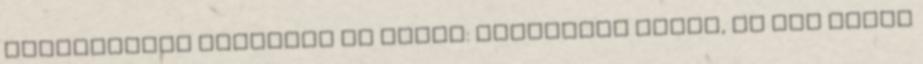
gonoszságot követett el népem: elhagytak engem, az élő vizek